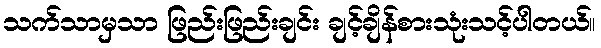
သက်သာမှသာ ဖြည်းဖြည်းချင်း ချင့်ချိန်စားသုံးသင့်ပါတယ်။